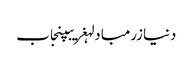
دنیازرمبادلہغریبپنجاب